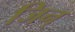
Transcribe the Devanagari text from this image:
जिन्